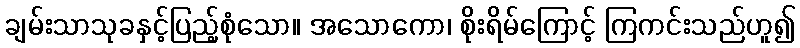
ချမ်းသာသုခနှင့်ပြည့်စုံသော။ အသောကော၊ စိုးရိမ်ကြောင့် ကြကင်းသည်ဟူ၍